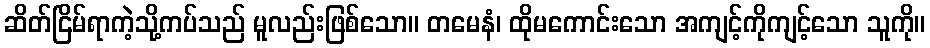
ဆိတ်ငြိမ်ရာကဲ့သို့ကပ်သည် မူလည်းဖြစ်သော။ တမေနံ၊ ထိုမကောင်းသော အကျင့်ကိုကျင့်သော သူကို။